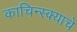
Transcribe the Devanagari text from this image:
काचिन्स्क्याचे